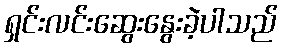
ရှင်းလင်းဆွေးနွေးခဲ့ပါသည်